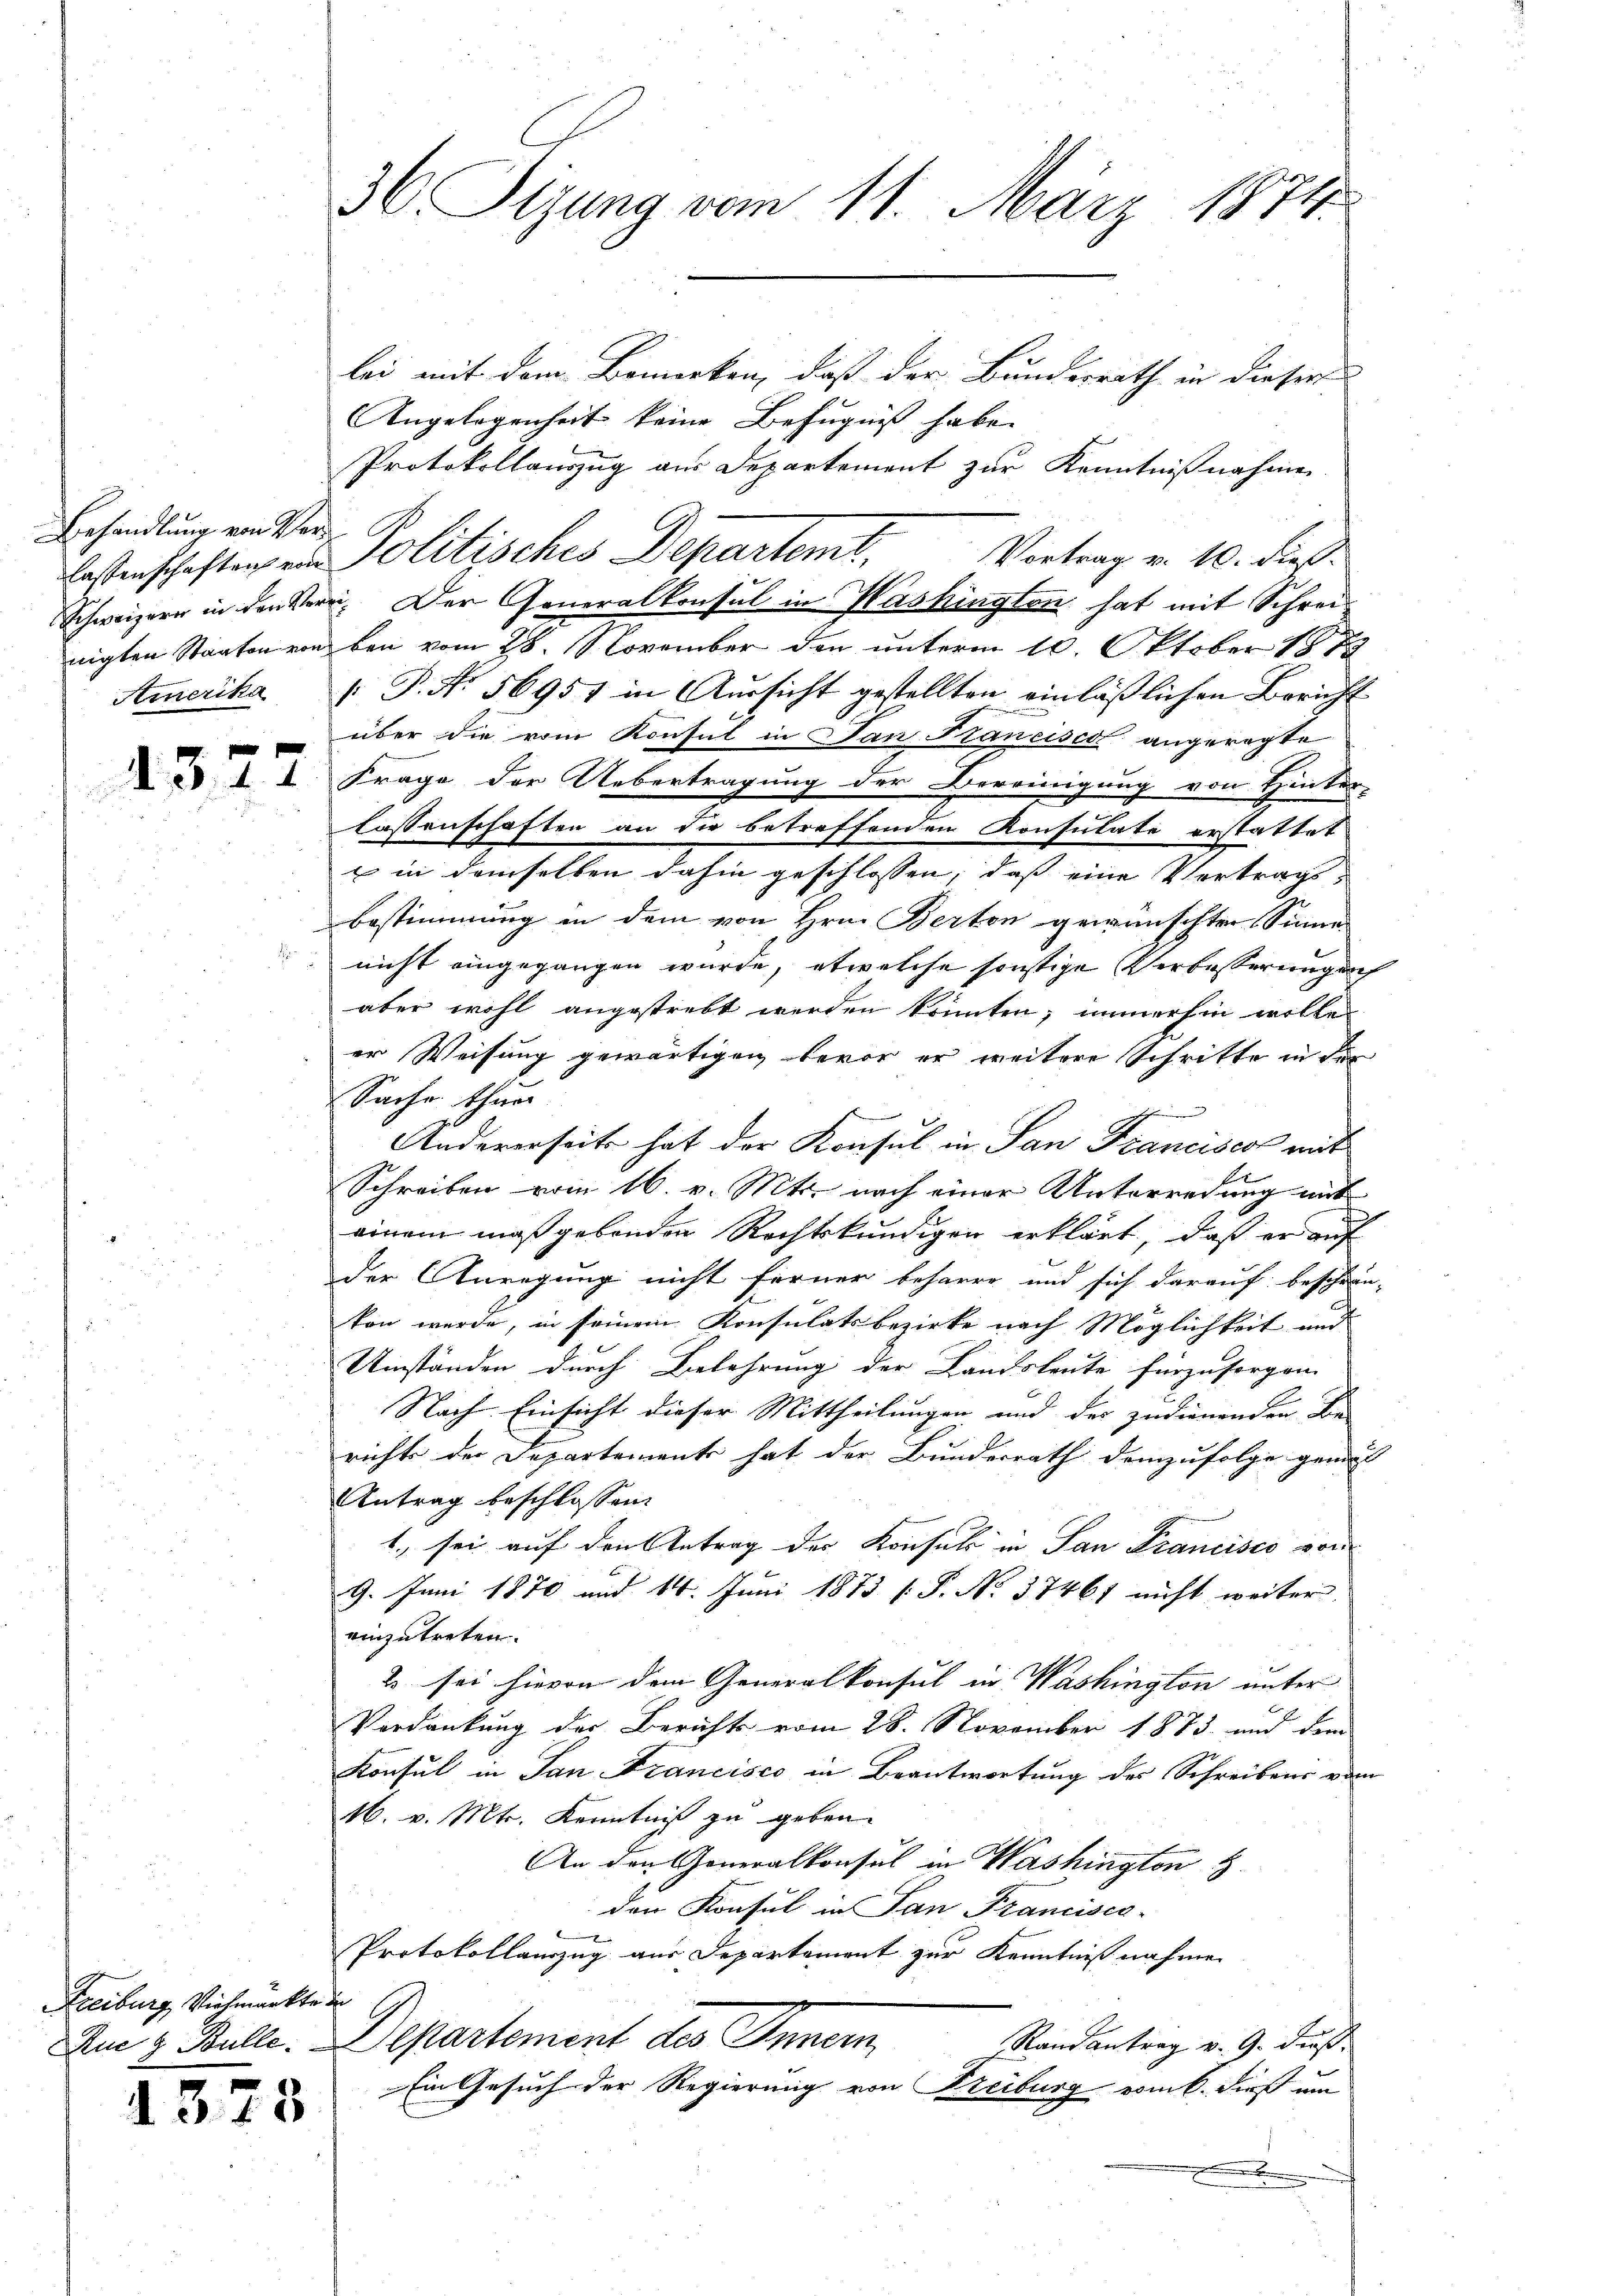
Behandlung von Ver¬

Freiburg, Viehmärkte de

1373

lei mit dem Bemerken, daß der Bunderrath in dieser
Angelegenheit keine Befugniß habe.
Protokollauszug aus Departement zur Kenntnißnahmen.
Vortrag v. 10. dieß.
nigten Staaten von den vom 28. November den unterm 10. Oktober 1878
Amerika P. Nr. 56951 in Aussicht gestellten einläßlichen Bericht
über die vom Konsul in San Francisca angeregte
d I Frage der Uebertragung der Bereinigung von Hinter-
lassenschaften an die betreffenden Konsulate erstattet
 in demselben dahin geschlossen, daß eine Vertrag,
bestimmung in dem von Hrn. Berton gewünschten Sinne
nicht eingegangen wurde, etwelche sonstige Verbesserung nich
aber wohl angestrebt werden könnten; immerhin wolle
er Weisung gewärtigen, bevor er weitere Schritte in der
Sache thur
Andererseits hat der Konsul in San Francisco mit
Schreiben vom 16. v. Mts. nach einer Unterredung mit
einem maßgebenden Rechtskundigen erklärt, daß er auf
der Anregung nicht ferner beharre und sich darauf beschrein-
kon werde, in seinem Konsulatsbezirke nach Möglichkeit und
Umständen durch Belehrung der Landsleute fürzusorgen.
Nach Einsicht dieser Mittheilungen und der zudienenden Be-
richts der Departements hat der Bundesrath demzufolge gemes
Antrag beschlossen:
1. sei auf den Antrag der Konsul in San Francisco von
9. Juni 1870 und 14. Juni 1873 [P. No. 37461 nicht weiter
einzutreten.
2 sei hievon dem Generalkonsul in Washington unter
Verdankung des Berichts vom 28. November 1873 und dem
Konsul in San Francisco in Beantwortung des Schreibens vom
16. v. Mts. Kenntniß zu geben.
An den Generalkonsul in Washington H.
den Konsul in San Francisco-
Protokollauszug aus Departement zur Kenntniß nahmen
Au & Bulle. Departement des Innern,
Randantrag v. 9. dieß
Ein Gesuch der Regierung von Freiburg vom 6. dieß um

36. Sizung vom 11. März 1874.

lassenschaften von Politisches Departemt.

Schweizern in den Verei. Der Generalkonsul in Washingten hat mit Schrei¬